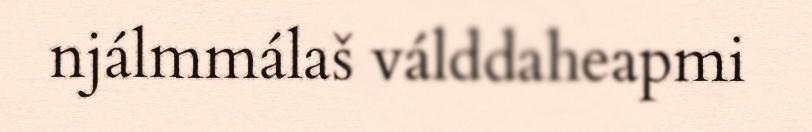
njálmmálaš válddaheapmi